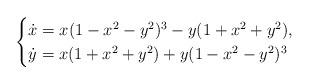
LaTeX: \begin{gather*}\begin{cases}\dot{x}=x(1-x^{2}-y^{2})^{3}-y(1+x^{2}+y^{2}),\\\dot{y}=x(1+x^{2}+y^{2})+y(1-x^{2}-y^{2})^{3}\end{cases}\end{gather*}